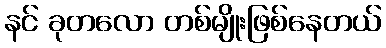
နင် ခုတလော တစ်မျိုးဖြစ်နေတယ်